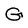
Character: G